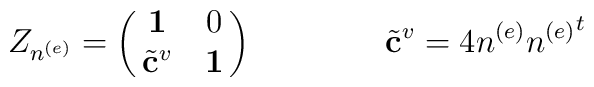
Z_{n^{(e)}}=\pmatrix{{\bf 1}&0\cr{{\tilde{\bf c}}^v}&{\bf 1}}  \qquad \qquad {\tilde{\bf c}}^v=4n^{(e)}{n^{(e)}}^t